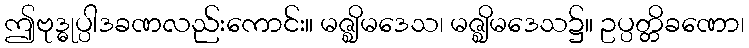
ဤဗုဒ္ဓုပ္ပါဒခဏလည်းကောင်း။ မဇ္ဈိမဒေသ၊ မဇ္ဈိမဒေသ၌။ ဥပ္ပတ္တိခဏော၊